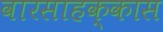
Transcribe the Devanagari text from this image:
वारसाहक्कास